Calcutta medical institutions reports 1871-78
Year: 1871
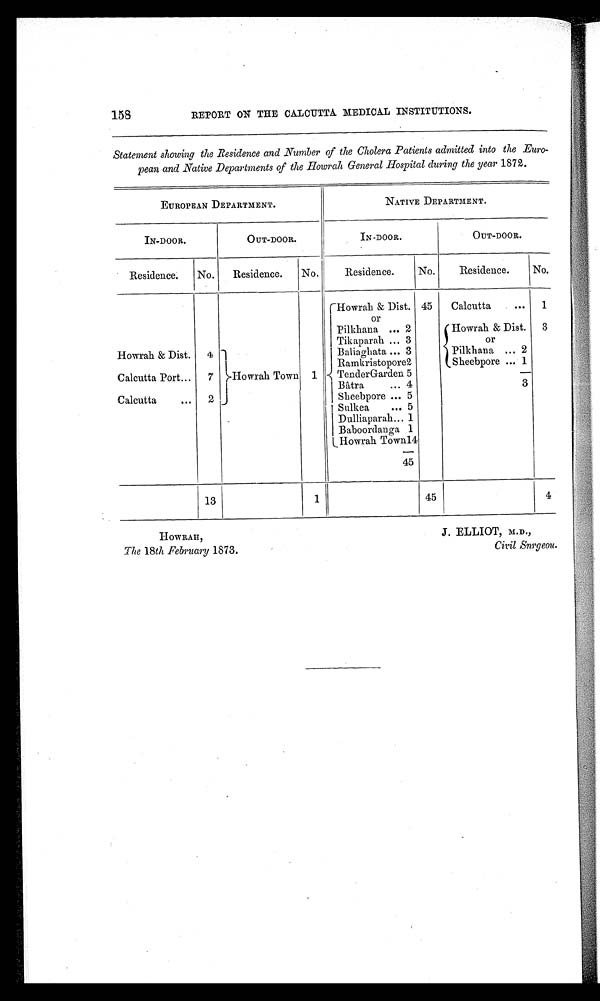
158
REPORT ON THE CALCUTTA MEDICAL INSTITUTIONS.
Statement showing the Residence and Number of the Cholera Patients admitted into the Euro-
pean and .Native Departments of the Howrah General Hospital during the year 1872.
EUROPEAN DEPARTMENT.
NATIVE DEPARTMENT.
IN-DOOR.
OUT-DOOR.
IN-DOOR.
OUT-DOOR.
Residence.
No.
Residence.
No.
Residence.
No.
Residence.
No.
Howrah Town 1
Howrah & Dist.
or
45
Calcutta
1
Pilkhana 2
Howrah & Dist.
or
3
Tikaparah 3
Howrah & Dist.
4
Baliaghata
3
Pilkhana 2
Ramkristopore2
Sheebpore 1
Calcutta Port
7
TenderGarden 5
Bâtra 4
3
Calcutta
2
Sheebpore 5
Sulkea 5
Dulliaparah 1
Baboordanga 1
Howrah Town14
45
13
1
45
4
HOWRAH, J. ELLIOT, M.D.,
The 18th February 1873.
Civil Snrgeou.